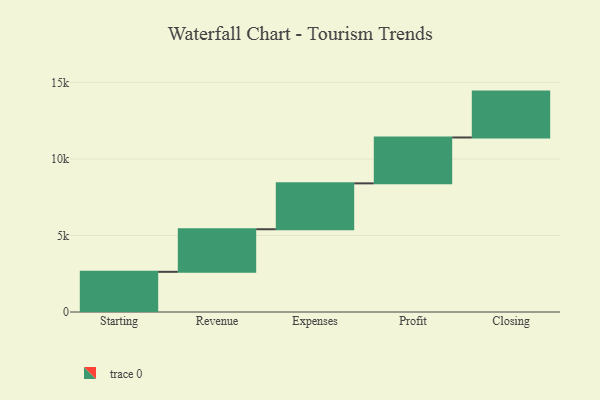
{"axis": {"x": "Step", "y": "Value"}, "legend": [""], "data": [{"x": "Starting", "y": 2627.0, "type": ""}, {"x": "Revenue", "y": 2784.0, "type": ""}, {"x": "Expenses", "y": 3000, "type": ""}, {"x": "Profit", "y": 3000, "type": ""}, {"x": "Closing", "y": 3000, "type": ""}]}